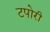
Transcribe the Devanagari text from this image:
टपोरी